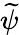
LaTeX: \widetilde\psi